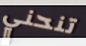
تنحني